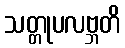
သတ္တုပလဗ္ဘတိ